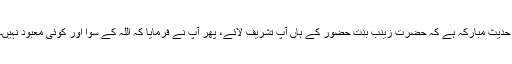
حدیث مبارکہ ہے کہ حضرت زینب بنت حضور کے ہاں آپ تشریف لائے، پھر آپ نے فرمایا کہ اللہ کے سوا اور کوئی معبود نہیں۔